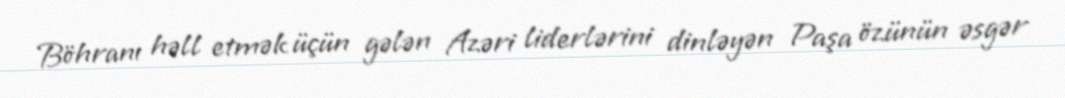
Böhranı həll etmək üçün gələn Azəri liderlərini dinləyən Paşa özünün əsgər